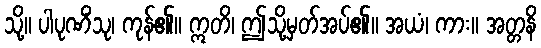
သို့။ ပါပုဏိံသု၊ ကုန်၏။ ဣတိ၊ ဤသို့မှတ်အပ်၏။ အယံ၊ ကား။ အတ္တနိ